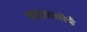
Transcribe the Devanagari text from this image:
सहजसोपे